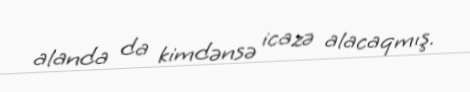
alanda da kimdənsə icazə alacaqmış.